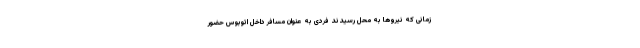
زمانی که نیروها به محل رسیدند فردی به عنوان مسافر داخل اتوبوس حضور